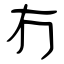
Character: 冇